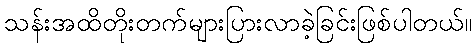
သန်းအထိတိုးတက်များပြားလာခဲ့ခြင်းဖြစ်ပါတယ်။